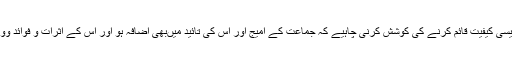
چنانچہ جماعت کی سرگرمیوں سے ایسی کیفیت قائم کرنے کی کوشش کرنی چاہیے کہ جماعت کے امیج اور اس کی تائید میںبھی اضافہ ہو اور اس کے اثرات و فوائد ووٹ کی صورت میں جماعت کو ملیں ۔